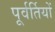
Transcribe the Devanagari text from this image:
पूर्वर्तियों